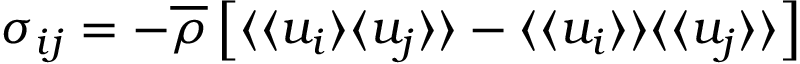
\sigma _ { i j } = - \overline { { \rho } } \left[ \langle \langle u _ { i } \rangle \langle u _ { j } \rangle \rangle - \langle \langle u _ { i } \rangle \rangle \langle \langle u _ { j } \rangle \rangle \right]